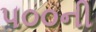
૫૦૦ની